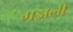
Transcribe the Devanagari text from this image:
गझली